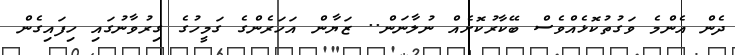
ދެން އެންމެ ވަގުތުކޮޅެއްވެސް ބޭކާރުކޮށެއް ނުލާނަން.. ޒަޔާން އަހަރެންގެ ގަމީހުގެ ގިރުވާނުގައި ހިފައިގެން